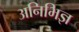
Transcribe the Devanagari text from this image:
अनिभिज्ञ